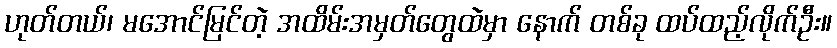
ဟုတ်တယ်၊ မအောင်မြင်တဲ့ အထိမ်းအမှတ်တွေထဲမှာ နောက် တစ်ခု ထပ်ထည့်လိုက်ဦး။